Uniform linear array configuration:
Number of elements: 32
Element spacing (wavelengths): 0.75
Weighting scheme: uniform
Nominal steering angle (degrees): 45
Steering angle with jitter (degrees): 44.692
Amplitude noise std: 0.05
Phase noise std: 0.05

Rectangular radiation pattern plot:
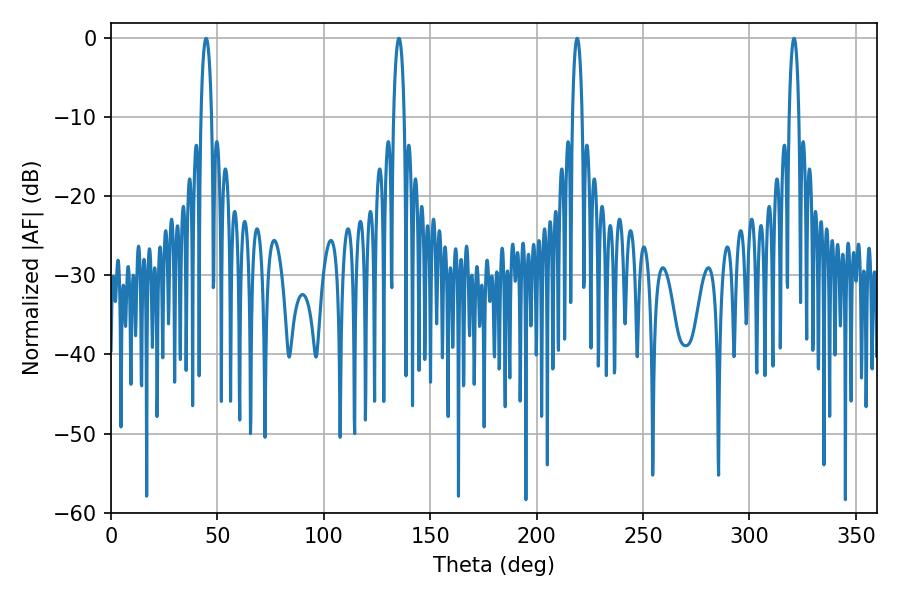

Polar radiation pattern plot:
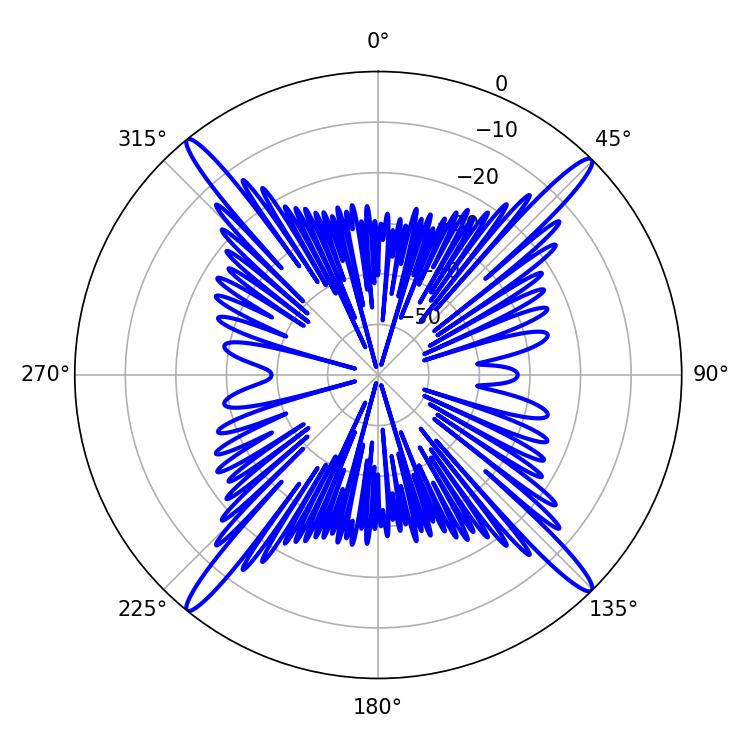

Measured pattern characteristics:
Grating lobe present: TRUE
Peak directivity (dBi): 21.309
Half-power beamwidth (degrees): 2.52
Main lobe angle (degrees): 320.94